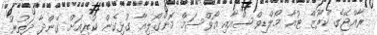
ރާއްޖޭގެ ކްރޫޒް ޓުއާ މޯލްޑިވްސްއާއި އޯވްސަމް މޮންގޯލިއާ ގުޅިގެން ކުރިއަށް ގެންދާ ދަތުރު